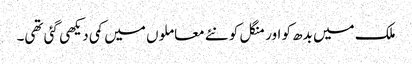
ملک میں بدھ کو اور منگل کو نئے معاملوں میں کمی دیکھی گئی تھی۔